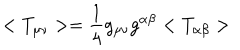
< T _ { \mu \nu } > = \frac { 1 } { 4 } g _ { \mu \nu } g ^ { \alpha \beta } < T _ { \alpha \beta } >